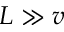
L \gg v